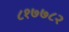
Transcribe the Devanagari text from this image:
८१७७८२